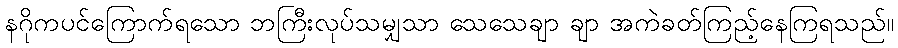
နဂိုကပင်ကြောက်ရသော ဘကြီးလုပ်သမျှသာ သေသေချာ ချာ အကဲခတ်ကြည့်နေကြရသည်။